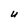
Character: U